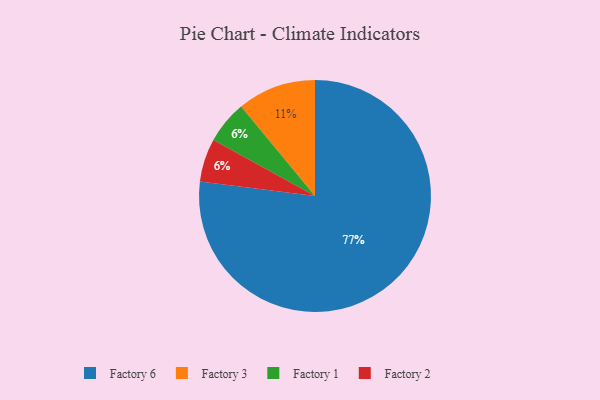
{"axis": {"x": "Category", "y": "Percentage"}, "legend": ["Factory 1", "Factory 2", "Factory 3", "Factory 6"], "data": [{"x": "Factory 3", "y": 11, "type": "Factory 3"}, {"x": "Factory 1", "y": 6, "type": "Factory 1"}, {"x": "Factory 6", "y": 77, "type": "Factory 6"}, {"x": "Factory 2", "y": 6, "type": "Factory 2"}]}